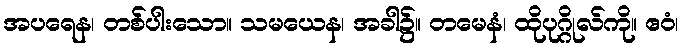
အပရေန၊ တစ်ပါးသော။ သမယေန၊ အခါ၌။ တမေနံ၊ ထိုပုဂ္ဂိုလ်ကို။ ဧဝံ၊